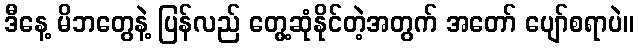
ဒီနေ့ မိဘတွေနဲ့ ပြန်လည် တွေ့ဆုံနိုင်တဲ့အတွက် အတော် ပျော်စရာပဲ။